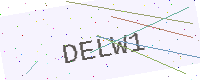
Text: DELW1